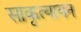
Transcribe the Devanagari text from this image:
साकृत्यायन